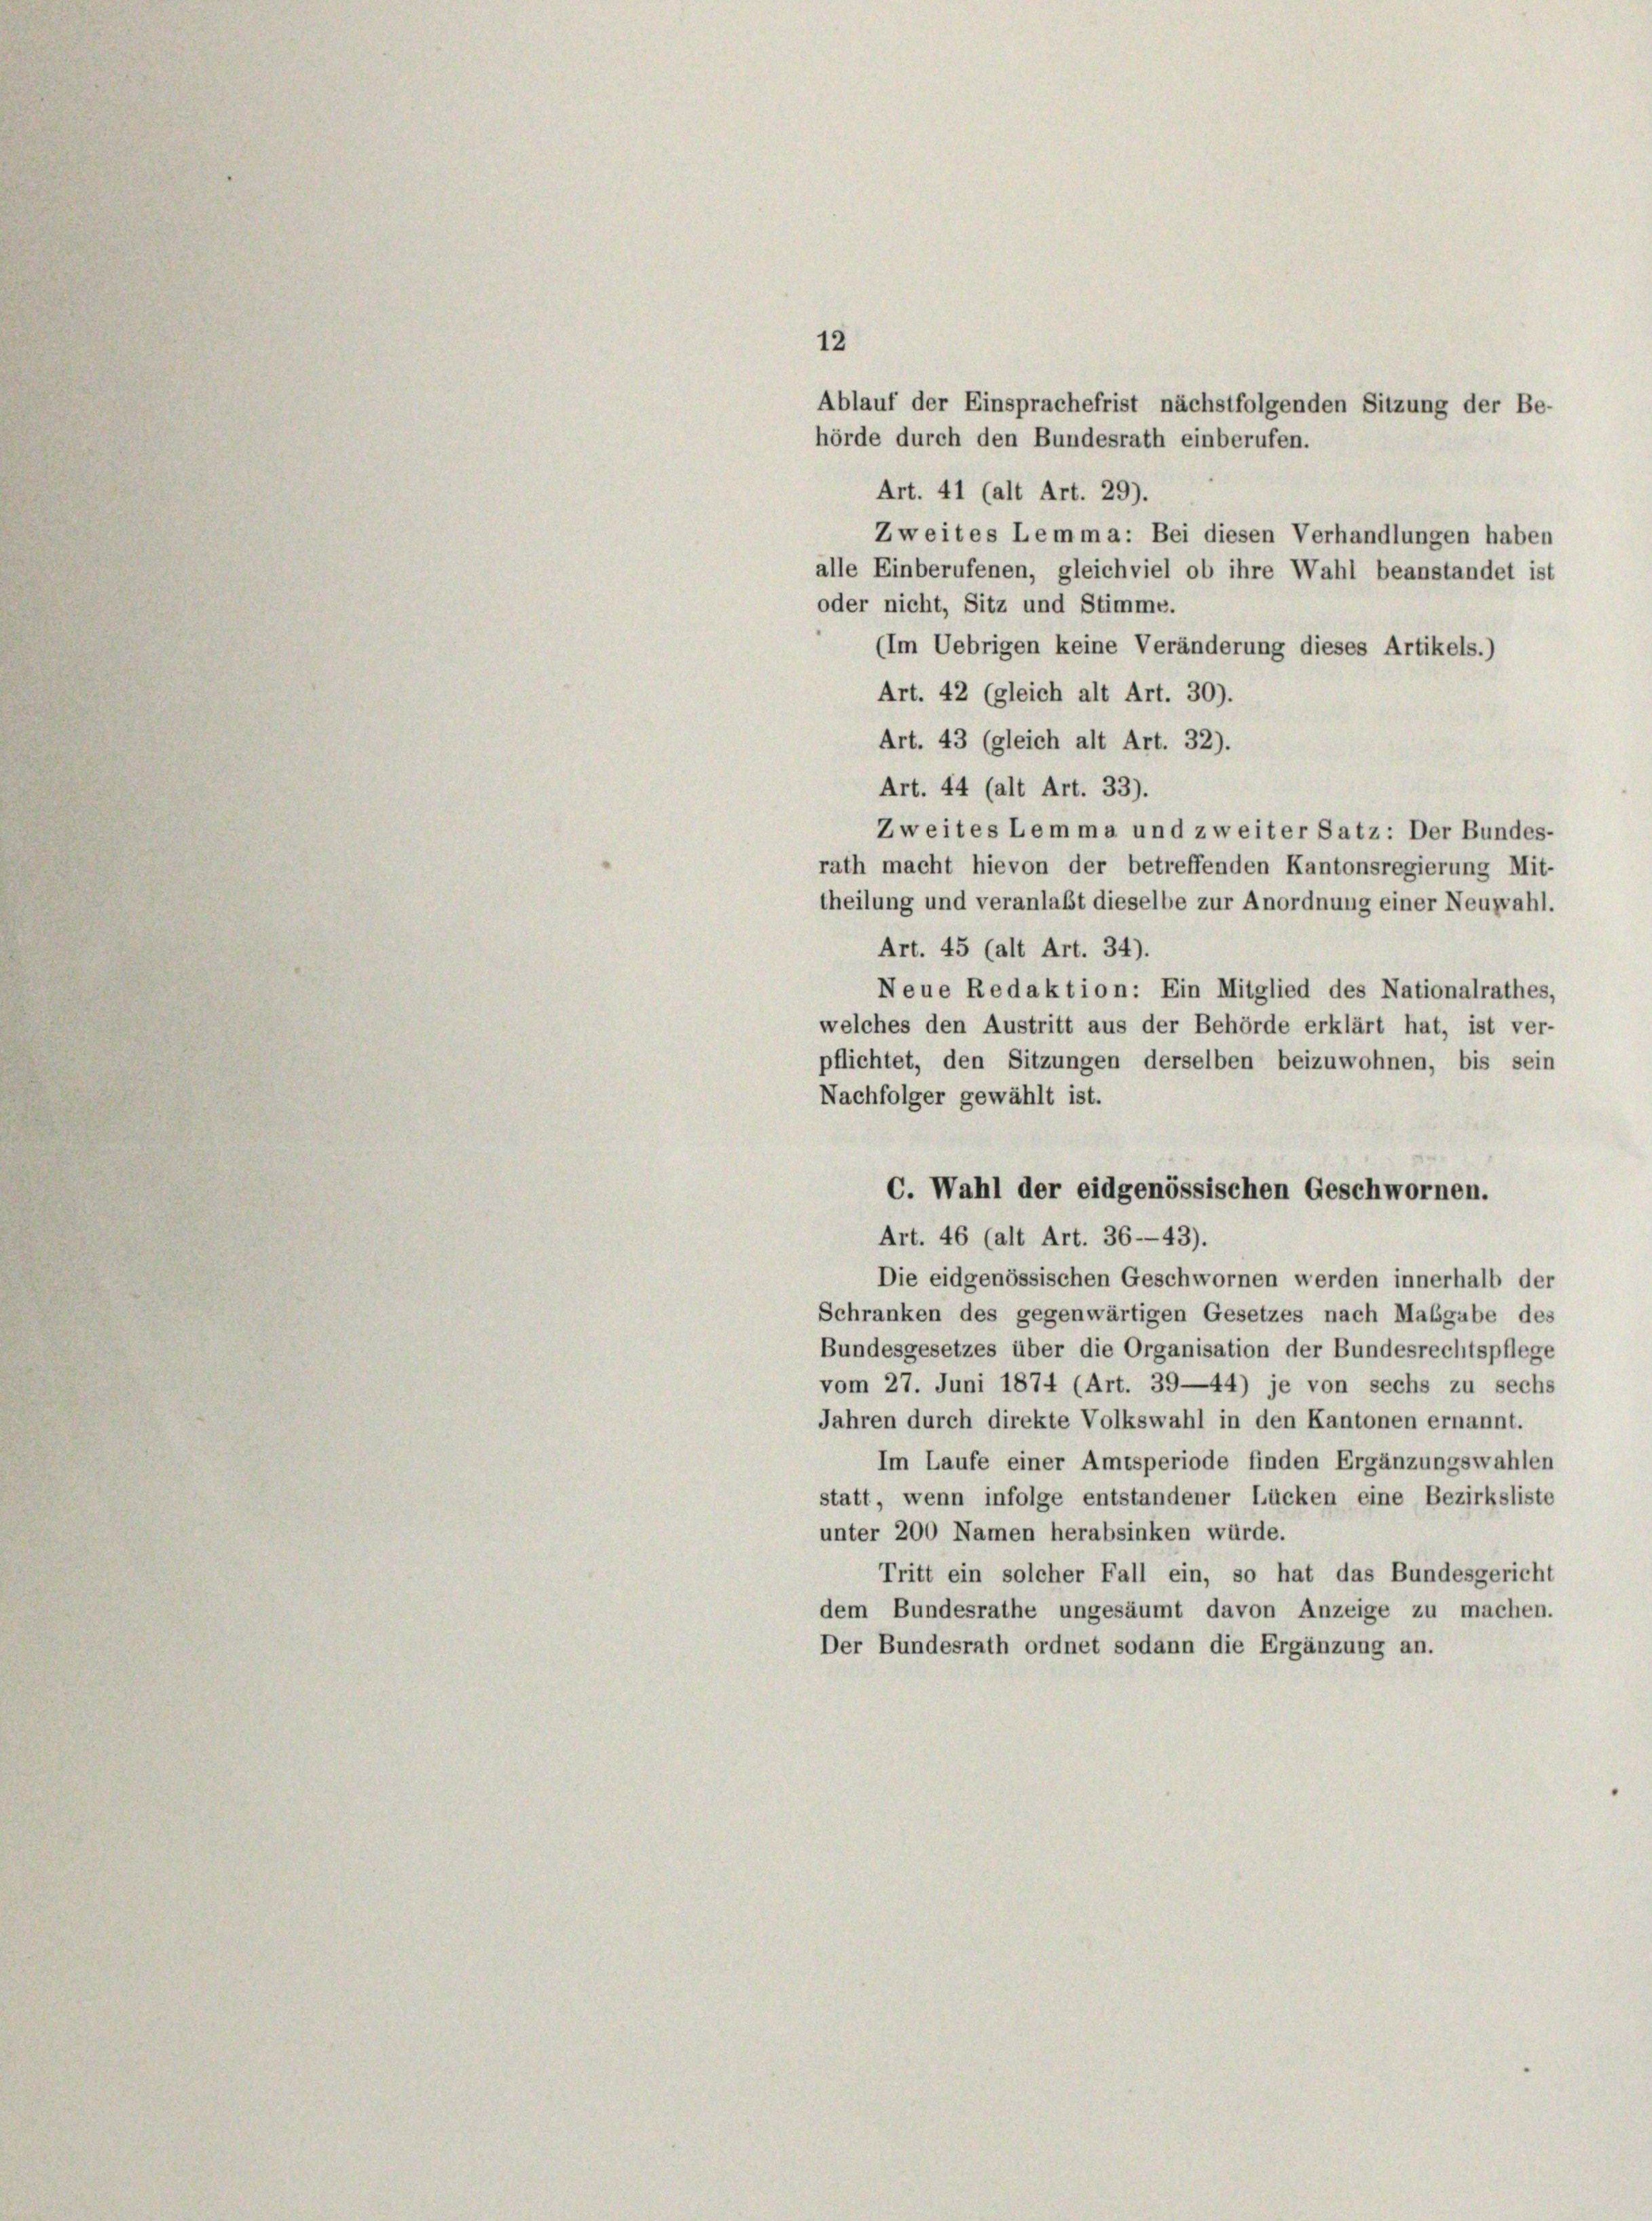
12
Ablauf der Einsprachefrist nächstfolgenden Sitzung der Be-
hörde durch den Bundesrath einberufen.
Art. 41 (alt Art. 29).
Zweites Lemma: Bei diesen Verhandlungen haben
alle Einberufenen, gleichviel ob ihre Wahl beanstandet ist
oder nicht, Sitz und Stimme.
Im Uebrigen keine Veränderung dieses Artikels.)
Art. 42 (gleich alt Art. 30).
Art. 43 (gleich alt Art. 32).
Art. 44 (alt Art. 33).
Zweites Lemma und zweiter Satz: Der Bundes-
rath macht hievon der betreffenden Kantonsregierung Mit-
theilung und veranlaßt dieselbe zur Anordnung einer Neuzvahl.
Art. 45 (alt Art. 34).
Neue Redaktion: Ein Mitglied des Nationalrathes,
welches den Austritt aus der Behörde erklärt hat, ist ver-
pflichtet, den Sitzungen derselben beizuwohnen, bis sein
Nachfolger gewählt ist.
C. Wahl der eidgenössischen Geschwornen.
Art. 46 (alt Art. 36—43).
Die eidgenössischen Geschwornen werden innerhalb der
Schranken des gegenwärtigen Gesetzes nach Maßgabe des
Bundesgesetzes über die Organisation der Bundesrechtspflege
vom 27. Juni 1874 (Art. 39—44) je von sechs zu sechs
Jahren durch direkte Volkswahl in den Kantonen ernannt.
Im Laufe einer Amtsperiode finden Ergänzungswahlen
statt, wenn infolge entstandener Lücken eine Bezirksliste
unter 200 Namen herabsinken würde.
Tritt ein solcher Fall ein, so hat das Bundesgericht
dem Bundesrathe ungesäumt davon Anzeige zu machen.
Der Bundesrath ordnet sodann die Ergänzung an.